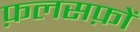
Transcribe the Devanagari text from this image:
फ़लसफ़ों